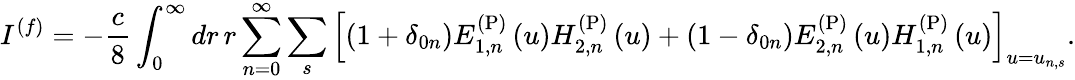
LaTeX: I^{(f)}=-\frac{c}{8}\int_{0}^{\infty}dr\, r\sum_{n=0}^{\infty}\sum_{s}\left[\left(1+\delta_{0n}\right)E_{1,n}^{\mathrm{(P)}}\left(u\right)H_{2,n}^{\mathrm{(P)}}\left(u\right)+\left(1-\delta_{0n}\right)E_{2,n}^{\mathrm{(P)}}\left(u\right)H_{1,n}^{\mathrm{(P)}}\left(u\right)\right]_{u=u_{n,s}}.